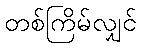
တစ်ကြိမ်လျှင်